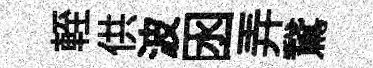
輊供波囦弄鵞